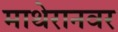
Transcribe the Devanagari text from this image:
माथेरानवर